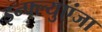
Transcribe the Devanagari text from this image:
इन्फ्ल्युएंजा